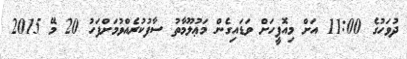
ދުވަހުގެ 11:00 އަށް މިއޮފީހަށް ވަޑައިގެން މަޢުލޫމާތު ސާފުކުރެއްވުމަށްފަހު 20 މޭ 2015